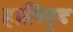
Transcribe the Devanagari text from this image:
हालिवुड